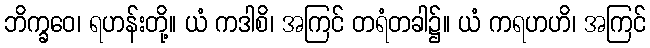
ဘိက္ခဝေ၊ ရဟန်းတို့။ ယံ ကဒါစိ၊ အကြင် တရံတခါ၌။ ယံ ကရဟဟိ၊ အကြင်